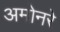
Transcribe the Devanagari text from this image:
अमोनरे